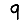
Digit: 9